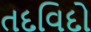
તદવિદો